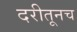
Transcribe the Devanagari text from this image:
दरीतूनच